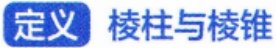
定义 棱柱与棱锥